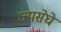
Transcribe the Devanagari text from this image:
ज्यसेघे